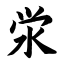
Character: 泶